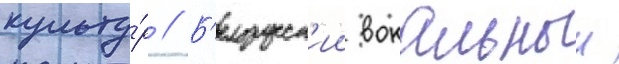
культу́р // Б'елорусск'ии вокальныи